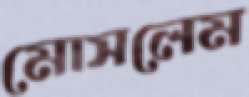
মোসলেম